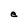
Character: e